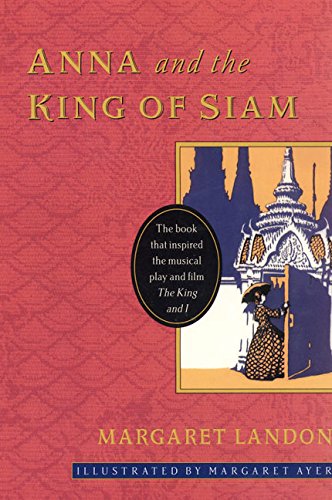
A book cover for Anna and the King of Siam; Margaret Landon; Biographies & Memoirs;